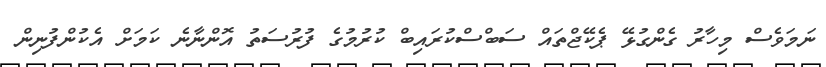
ނަމަވެސް މިހާރު ގެންގުޅޭ ޕެކޭޖްތައް ސަބްސްކުރައިބް ކުރުމުގެ ފުރުސަތު އޮންނާނެ ކަމަށް އެކުންފުނިން